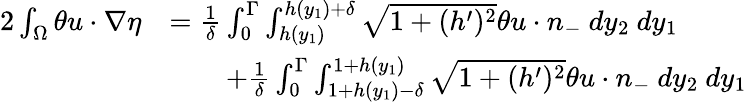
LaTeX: \begin{array}{rl}{2\int_{\Omega}\theta u\cdot\nabla\eta}&{=\frac{1}{\delta}\int_{0}^{\Gamma}\int_{h(y_{1})}^{h(y_{1})+\delta}\sqrt{1+(h^{\prime})^{2}}\theta u\cdot n_{-}\ dy_{2}\ dy_{1}}\\ &{\qquad+\frac{1}{\delta}\int_{0}^{\Gamma}\int_{1+h(y_{1})-\delta}^{1+h(y_{1})}\sqrt{1+(h^{\prime})^{2}}\theta u\cdot n_{-}\ dy_{2}\ dy_{1}}\end{array}